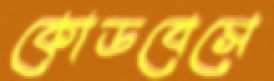
কোডবেসে